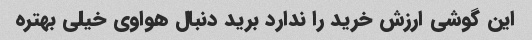
این گوشی ارزش خرید را ندارد برید دنبال هواوی خیلی بهتره